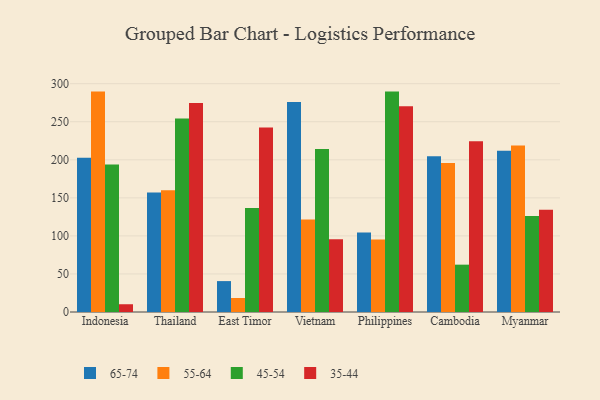
{"axis": {"x": "Country", "y": "Conversion Rate (%)"}, "legend": ["35-44", "45-54", "55-64", "65-74"], "data": [{"x": "Indonesia", "y": 202.8, "type": "65-74"}, {"x": "Indonesia", "y": 289.6, "type": "55-64"}, {"x": "Indonesia", "y": 193.8, "type": "45-54"}, {"x": "Indonesia", "y": 10.2, "type": "35-44"}, {"x": "Thailand", "y": 157.0, "type": "65-74"}, {"x": "Thailand", "y": 159.9, "type": "55-64"}, {"x": "Thailand", "y": 254.1, "type": "45-54"}, {"x": "Thailand", "y": 274.6, "type": "35-44"}, {"x": "East Timor", "y": 40.6, "type": "65-74"}, {"x": "East Timor", "y": 18.4, "type": "55-64"}, {"x": "East Timor", "y": 136.8, "type": "45-54"}, {"x": "East Timor", "y": 242.4, "type": "35-44"}, {"x": "Vietnam", "y": 275.8, "type": "65-74"}, {"x": "Vietnam", "y": 121.5, "type": "55-64"}, {"x": "Vietnam", "y": 214.3, "type": "45-54"}, {"x": "Vietnam", "y": 95.6, "type": "35-44"}, {"x": "Philippines", "y": 104.6, "type": "65-74"}, {"x": "Philippines", "y": 95.3, "type": "55-64"}, {"x": "Philippines", "y": 289.6, "type": "45-54"}, {"x": "Philippines", "y": 270.2, "type": "35-44"}, {"x": "Cambodia", "y": 204.8, "type": "65-74"}, {"x": "Cambodia", "y": 195.9, "type": "55-64"}, {"x": "Cambodia", "y": 62.2, "type": "45-54"}, {"x": "Cambodia", "y": 224.3, "type": "35-44"}, {"x": "Myanmar", "y": 211.9, "type": "65-74"}, {"x": "Myanmar", "y": 218.8, "type": "55-64"}, {"x": "Myanmar", "y": 126.1, "type": "45-54"}, {"x": "Myanmar", "y": 134.3, "type": "35-44"}]}